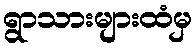
ရွာသားများထံမှ